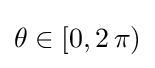
\theta \in [0,2\,\pi )